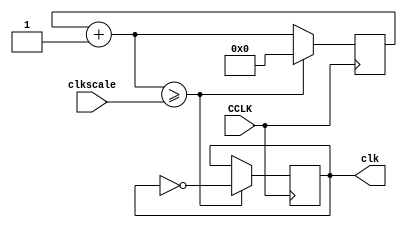

module Clk(
    input CCLK,
    input [31:0] clkscale,
    output reg clk
    );
    
    reg [31:0] clkq = 0;
        
                
    always@(posedge CCLK)
        begin
            clkq = clkq + 1;
            
            if (clkq >= clkscale) 
                begin
                    clk =~clk;
                    clkq = 0;
                end
            end
           
endmodule